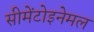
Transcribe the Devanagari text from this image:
सीमेंटोइनेमल